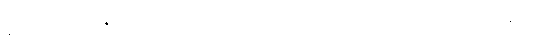
နမ်းသနည်း။ ဇိဝှာယ၊ လျှာဖြင့်။ ရသံ၊ အရသာကို။ သာယတိ၊ လျက်သနည်း။